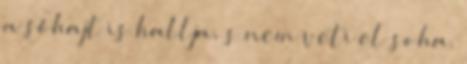
a sóhajt is hallja, s nem veti el soha.